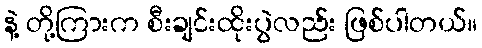
နဲ့ တို့ကြားက စီးချင်းထိုးပွဲလည်း ဖြစ်ပါတယ်။